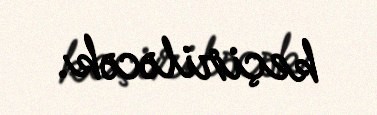
keçiriləcək.